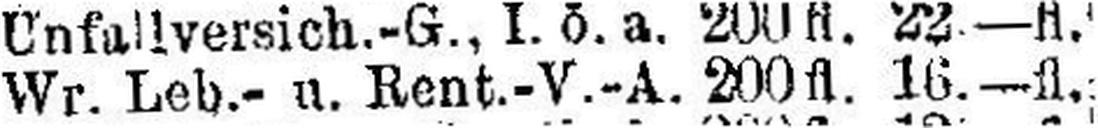
Wr. Leb.- u. Rent.-V.-A. 200fl. 16.—fl.